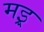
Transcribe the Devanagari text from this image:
मइ्र